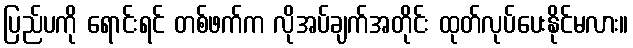
ပြည်ပကို ရောင်းရင် တစ်ဖက်က လိုအပ်ချက်အတိုင်း ထုတ်လုပ်ပေးနိုင်မလား။